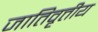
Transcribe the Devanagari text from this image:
जातिवृत्तीय